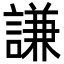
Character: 謙